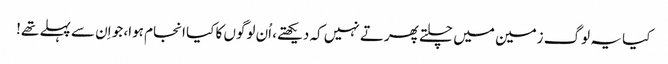
کیا یہ لوگ زمین میں چلتے پھرتے نہیں کہ دیکھتے، اُن لوگوں کا کیا انجام ہوا، جو اِن سے پہلے تھے!